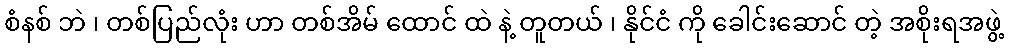
စံနစ် ဘဲ ၊ တစ်ပြည်လုံး ဟာ တစ်အိမ် ထောင် ထဲ နဲ့ တူတယ် ၊ နိုင်ငံ ကို ခေါင်းဆောင် တဲ့ အစိုးရအဖွဲ့